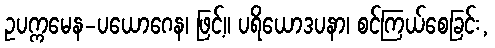
ဥပက္ကမေန-ပယောဂေန၊ ဖြင့်။ ပရိယောဒပနာ၊ စင်ကြယ်စေခြင်း,